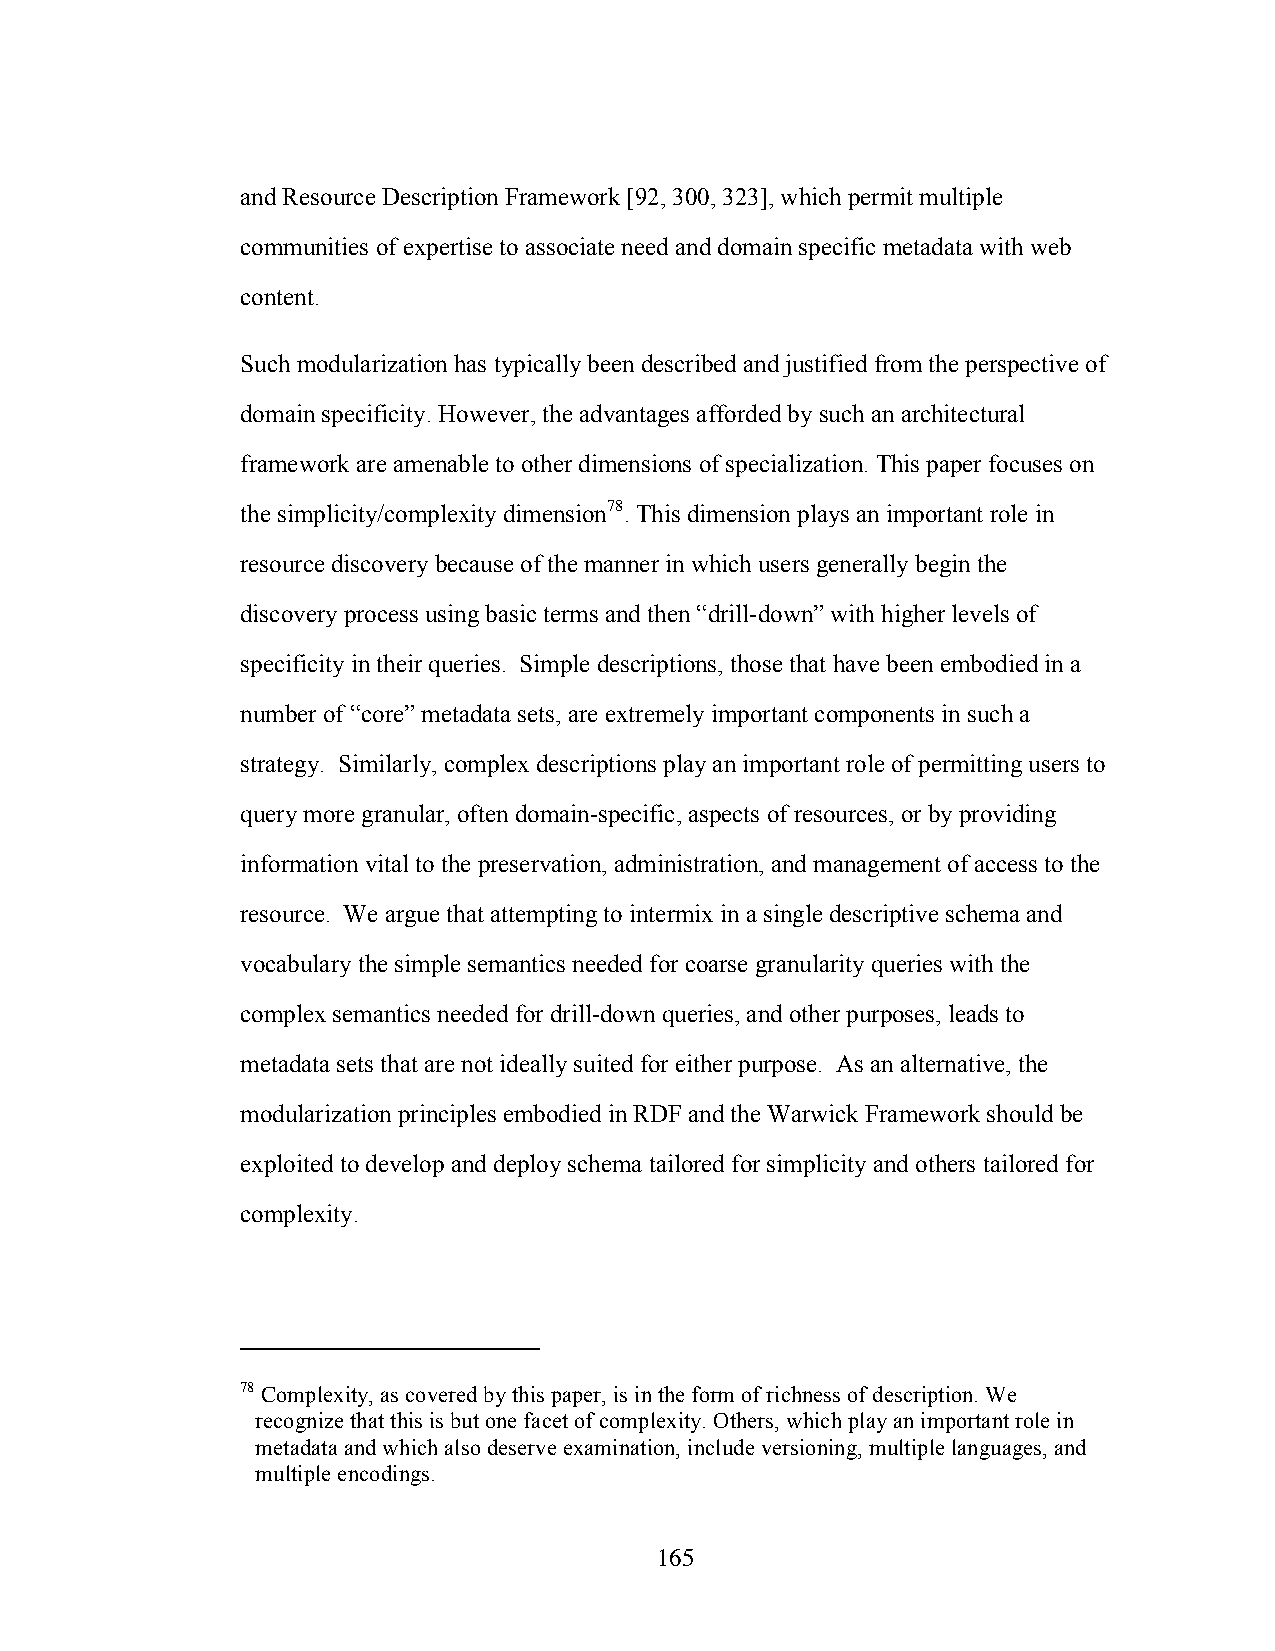
and Resource Description Framework [92, 300, 323], which permit multiple
 communities of expertise to associate need and domain specific metadata with web
 content.
 Such modularization has typically been described and justified from the perspective of
 domain specificity. However, the advantages afforded by such an architectural
 framework are amenable to other dimensions of specialization. This paper focuses on
 the simplicity/complexity dimension78. This dimension plays an important role in
 resource discovery because of the manner in which users generally begin the
 discovery process using basic terms and then “drill-down” with higher levels of
 specificity in their queries. Simple descriptions, those that have been embodied in a
 number of “core” metadata sets, are extremely important components in such a
 strategy. Similarly, complex descriptions play an important role of permitting users to
 query more granular, often domain-specific, aspects of resources, or by providing
 information vital to the preservation, administration, and management of access to the
 resource. We argue that attempting to intermix in a single descriptive schema and
 vocabulary the simple semantics needed for coarse granularity queries with the
 complex semantics needed for drill-down queries, and other purposes, leads to
 metadata sets that are not ideally suited for either purpose. As an alternative, the
 modularization principles embodied in RDF and the Warwick Framework should be
 exploited to develop and deploy schema tailored for simplicity and others tailored for
 complexity.
 78 Complexity, as covered by this paper, is in the form of richness of description. We
 recognize that this is but one facet of complexity. Others, which play an important role in
 metadata and which also deserve examination, include versioning, multiple languages, and
 multiple encodings.
 165